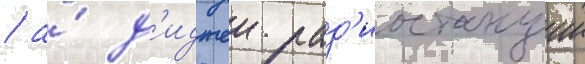
/ а́ д'иджеи рад'иостанции